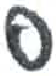
אות: נ